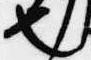
也